Indian journal of veterinary science and animal husbandry - Volumes 24-25, 1954-1955
Year: 1954
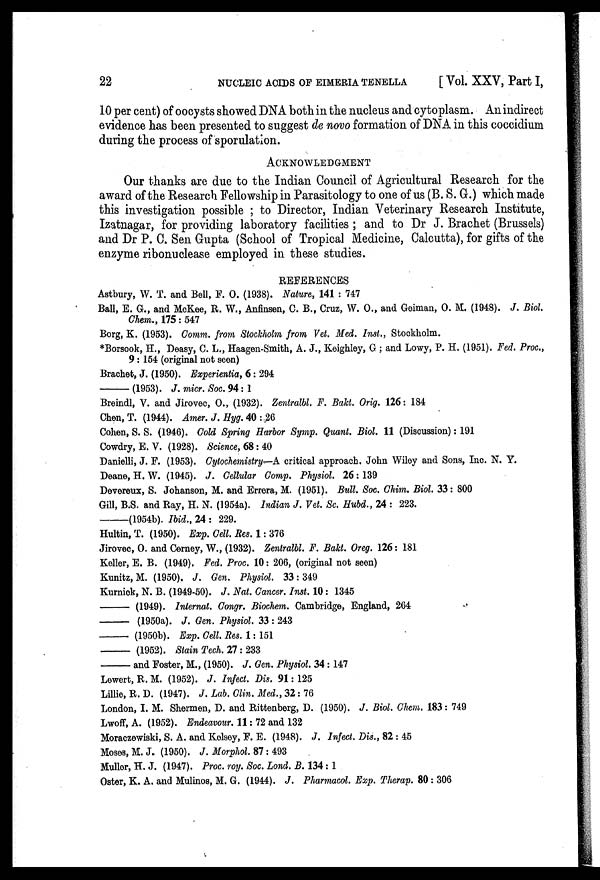
22
NUCLEIC ACIDS OF EIMERIA TENELLA
[Vol. XXV, Part I,
10 per cent) of oocysts showed DNA both in the nucleus and cytoplasm. An indirect
evidence has been presented to suggest de novo formation of DNA in this coccidium
during the process of sporulation.
ACKNOWLEDGMENT
Our thanks are due to the Indian Council of Agricultural Research for the
award of the Research Fellowship in Parasitology to one of us (B. S. G.) which made
this investigation possible ; to Director, Indian Veterinary Research Institute,
Izatnagar, for providing laboratory facilities ; and to Dr J. Brachet (Brussels)
and Dr P. C. Sen Gupta (School of Tropical Medicine, Calcutta), for gifts of the
enzyme ribonuclease employed in these studies.
REFERENCES
Astbury, W. T. and Bell, F. O. (1938). Nature, 141 : 747
Ball, E. G., and McKee, R. W., Anfinsen, C. B., Cruz, W. O., and Geiman, O. M. (1948). J. Biol.
Chem., 175 : 547
Borg, K. (1953). Comm. from Stockholm from Vet. Med. Inst., Stockholm.
*Borsook, H., Deasy, C. L., Haagen-Smith, A. J., Keighley, G ; and Lowy, P. H. (1951). Fed. Proc.,
9 : 154 (original not seen)
Brachet, J. (1950). Experientia, 6 : 294
—
(1953). J. micr. Soc. 94 : 1
Breindl, V. and Jirovec, O., (1932). Zentralbl. F. Bakt. Orig. 126 : 184
Chen, T. (1944). Amer. J. Hyg. 40 : 26
Cohen, S. S. (1946). Cold Spring Harbor Symp. Quant. Biol. 11 (Discussion): 191
Cowdry, E. V. (1928). Science, 68 : 40
Danielli, J. F. (1953). Cytochemistry—A critical approach. John Wiley and Sons, Inc. N. Y.
Deane, H. W. (1945). J. Cellular Comp. Physiol. 26 : 139
Devereux, S. Johanson, M. and Errera, M. (1951). Bull. Soc. Chim. Biol. 33 : 800
Gill, B.S. and Ray, H. N. (1954a). Indian J. Vet. Sc. Hubd., 24 : 223.
—(1954b).
Ibid., 24 : 229.
Hultin, T. (1950). Exp. Cell. Res. 1 : 376
Jirovec, O. and Cerney, W., (1932). Zentralbl. F. Bakt. Oreg. 126 : 181
Keller, E. B. (1949). Fed. Proc. 10 : 206, (original not seen)
Kunitz, M. (1950). J. Gen. Physiol. 33 : 349
Kurnick, N. B. (1949-50). J. Nat. Cancer. Inst. 10 : 1345
—
(1949). Internat. Congr. Biochem. Cambridge, England, 264
—
(1950a). J. Gen. Physiol. 33 : 243
—
(1950b). Exp. Cell. Res. 1 : 151
—
(1952). Stain Tech. 27 : 233
—
and Foster, M., (1950). J. Gen. Physiol. 34 : 147
Lewert, R. M. (1952). J. Infect. Dis. 91 : 125
Lillie, R. D. (1947). J. Lab. Clin. Med., 32 : 76
London, I. M. Shermen, D. and Rittenberg, D. (1950). J. Biol. Chem. 183 : 749
Lwoff, A. (1952). Endeavour. 11 : 72 and 132
Moraczewiski, S. A. and Kelsey, F. E. (1948). J. Infect. Dis., 82 : 45
Moses, M. J. (1950). J. Morphol. 87 : 493
Muller, H. J. (1947). Proc. roy. Soc. Lond. B. 134 : 1
Oster, K. A. and Mulinos, M. G. (1944). J. Pharmacol. Exp. Therap. 80 : 306